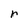
Character: r